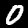
Label: 0